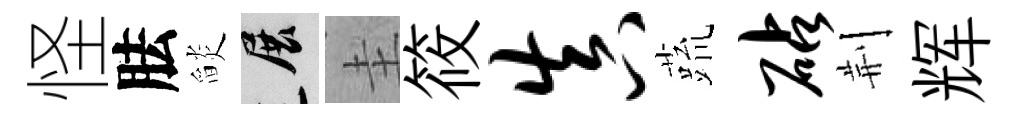
怪胠𦦨展圭筱真蔬砧荆辉